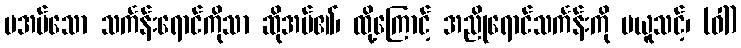
မအပ်သော သင်္ကန်းရောင်ကိုသာ ဆိုအပ်၏၊ ထို့ကြောင့် အညိုရောင်သင်္ကန်းကို မယူသင့်၊ (ဝါ)